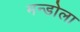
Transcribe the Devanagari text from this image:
मन्डोला